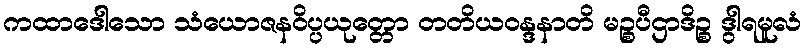
ကထာဒေါသော သံယောဇနဝိပ္ပယုတ္တော တတိယဝန္ဒနာတိ မဉ္စပီဌာဒိဉ္စ ဒွါရမူလံ